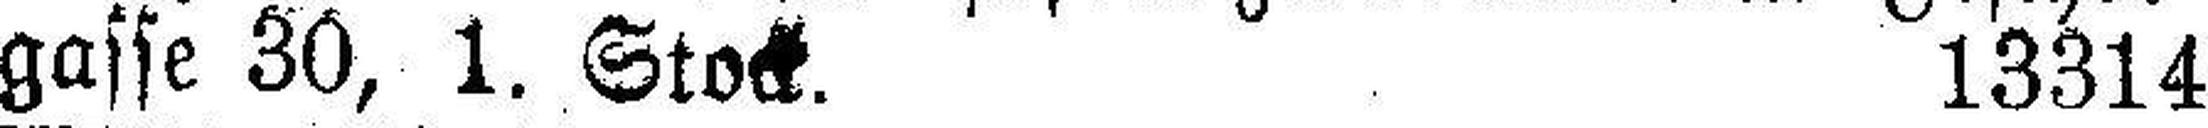
gasse 30, 1. Stock. 13314